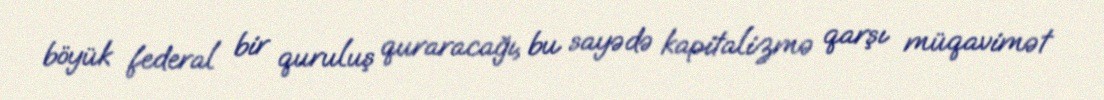
böyük federal bir quruluş quraracağı, bu sayədə kapitalizmə qarşı müqavimət